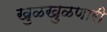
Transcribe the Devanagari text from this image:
खुळखुळणारी